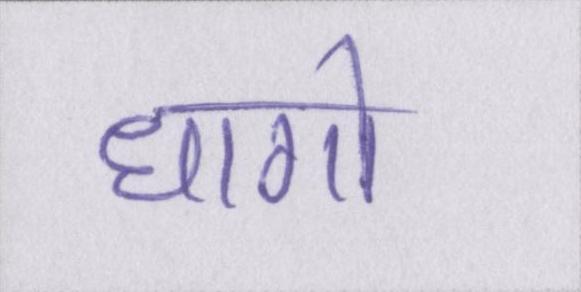
धागो